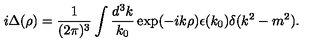
i \Delta ( \rho ) = \frac { 1 } { ( 2 \pi ) ^ { 3 } } \int \frac { d ^ { 3 } k } { k _ { 0 } } \exp ( - i k \rho ) \epsilon ( k _ { 0 } ) \delta ( k ^ { 2 } - m ^ { 2 } ) .